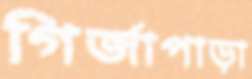
গির্জাপাড়া